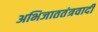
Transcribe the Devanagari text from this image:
अभिजाततंत्रवादी